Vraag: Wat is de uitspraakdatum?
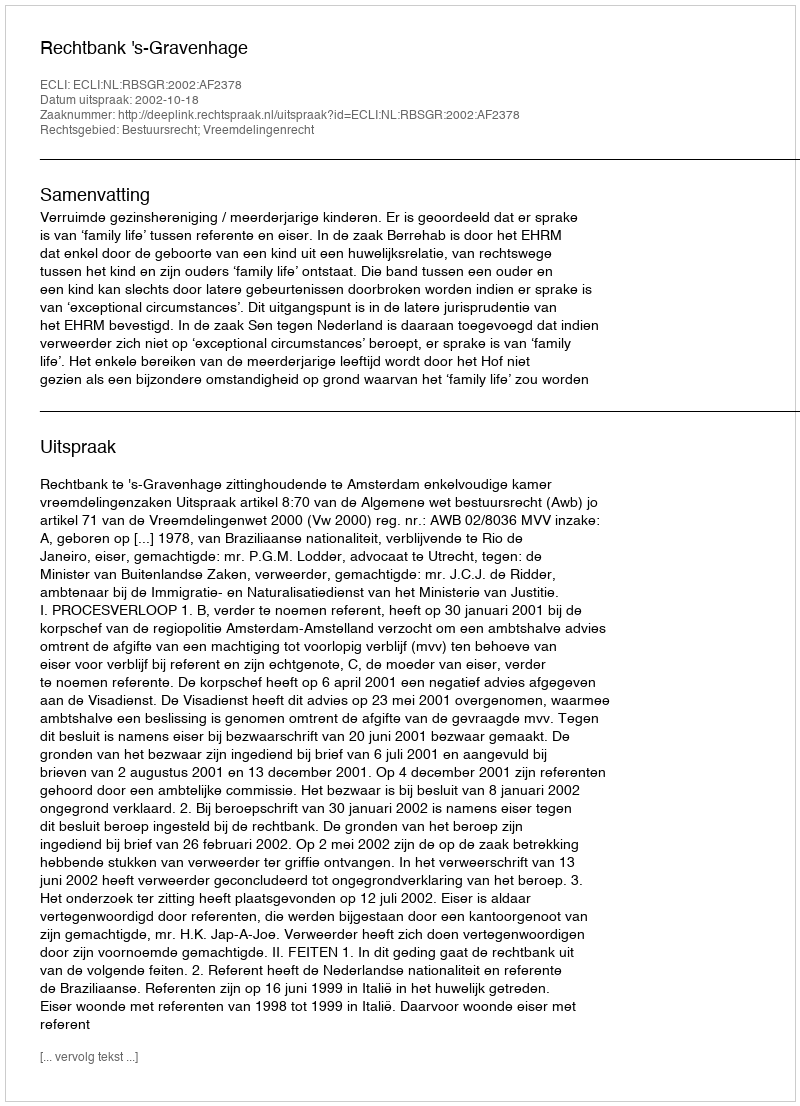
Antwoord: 2002-10-18